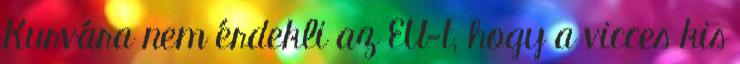
Kurvára nem érdekli az EU-t, hogy a vicces kis